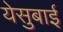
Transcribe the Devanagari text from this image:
येसुबाई